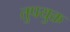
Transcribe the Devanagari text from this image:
तुपयुक्त